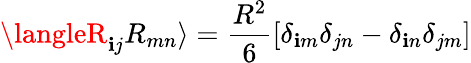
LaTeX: \langleR_{\mathbf{i}j}R_{mn}\rangle=\frac{{R^{2}}}{{6}}\left[\delta_{\mathbf{i}m}\delta_{jn}-\delta_{\mathbf{i}n}\delta_{jm}\right]